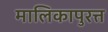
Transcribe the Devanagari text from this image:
मालिकापुरत्त